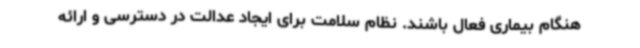
هنگام بیماری فعال باشند. نظام سلامت برای ایجاد عدالت در دسترسی و ارائه